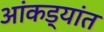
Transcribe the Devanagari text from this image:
आंकड्यांत